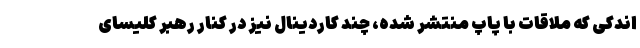
اندکی که ملاقات با پاپ منتشر شده، چند کاردینال نیز در کنار رهبر کلیسای